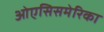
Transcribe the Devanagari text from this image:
ओएसिसमेरिका